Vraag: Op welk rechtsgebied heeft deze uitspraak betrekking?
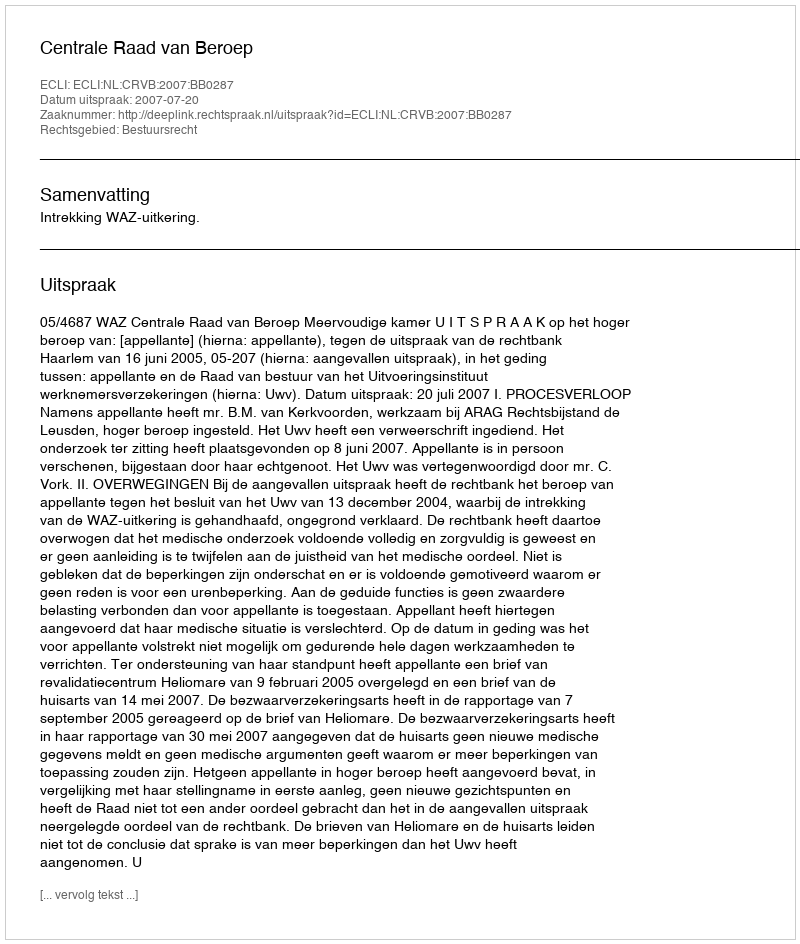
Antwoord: Bestuursrecht